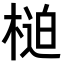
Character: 𣖐